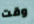
وقت